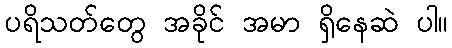
ပရိသတ်တွေ အခိုင် အမာ ရှိနေဆဲ ပါ။